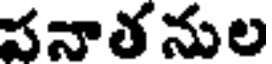
పనాతనుల